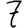
Digit: 7